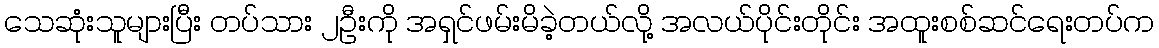
သေဆုံးသူများပြီး တပ်သား ၂ဦးကို အရှင်ဖမ်းမိခဲ့တယ်လို့ အလယ်ပိုင်းတိုင်း အထူးစစ်ဆင်ရေးတပ်က